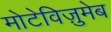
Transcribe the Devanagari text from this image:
मोटेविज़ुमेब